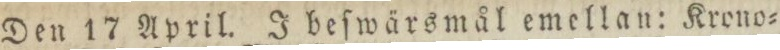
Den 17 April. I beſwärsmål emellan: Krono=